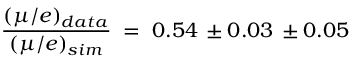
{ \frac { ( \mu / e ) _ { d a t a } } { ( \mu / e ) _ { s i m } } } \; = \; 0 . 5 4 \, \pm 0 . 0 3 \, \pm 0 . 0 5